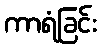
ကာရံခြင်း